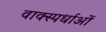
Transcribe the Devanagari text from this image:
वाक्स्पर्धाओं